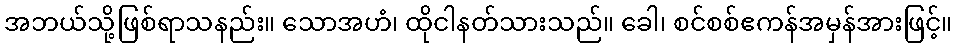
အဘယ်သို့ဖြစ်ရာသနည်း။ သောအဟံ၊ ထိုငါနတ်သားသည်။ ခေါ၊ စင်စစ်ဧကန်အမှန်အားဖြင့်။